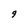
Character: 9